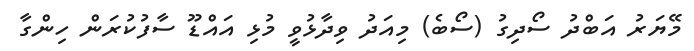
މޭޔަރު އަބްދު ސޯދިގު (ސޯބެ) މިއަދު ވިދާޅުވީ މުޅި އައްޑޫ ސާފުކުރަން ހިންގާ